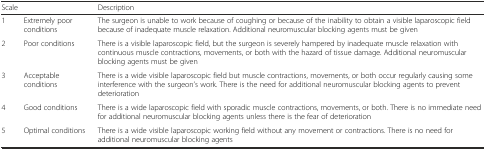
<table><thead><tr><td><b>Scale</b></td><td></td><td><b>Description</b></td></tr></thead><tbody><tr><td>1</td><td>Extremely poor conditions</td><td>The surgeon is unable to work because of coughing or because of the inability to obtain a visible laparoscopic field because of inadequate muscle relaxation. Additional neuromuscular blocking agents must be given</td></tr><tr><td>2</td><td>Poor conditions</td><td>There is a visible laparoscopic field, but the surgeon is severely hampered by inadequate muscle relaxation with continuous muscle contractions, movements, or both with the hazard of tissue damage. Additional neuromuscular blocking agents must be given</td></tr><tr><td>3</td><td>Acceptable conditions</td><td>There is a wide visible laparoscopic field but muscle contractions, movements, or both occur regularly causing some interference with the surgeon’s work. There is the need for additional neuromuscular blocking agents to prevent deterioration</td></tr><tr><td>4</td><td>Good conditions</td><td>There is a wide laparoscopic field with sporadic muscle contractions, movements, or both. There is no immediate need for additional neuromuscular blocking agents unless there is the fear of deterioration</td></tr><tr><td>5</td><td>Optimal conditions</td><td>There is a wide visible laparoscopic working field without any movement or contractions. There is no need for additional neuromuscular blocking agents</td></tr></tbody></table>